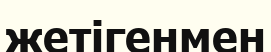
жетігенмен